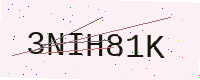
Text: 3NIH81K